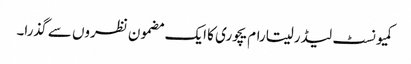
کمیونسٹ لیڈر سیتارام یچوری کا ایک مضمون نظروں سے گذرا۔